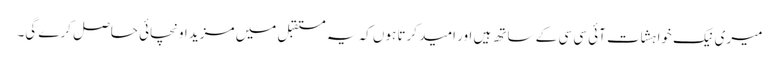
میری نیک خواہشات آئی سی سی کے ساتھ ہیں اور امید کرتا ہوں کہ یہ مستقبل میں مزید اونچائی حاصل کرے گی۔